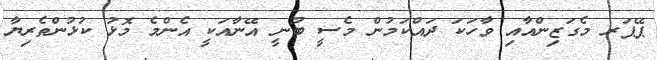
ޕޭޕަރ މެގަޒިންއާއި ވާހަކަ ދައްކަމުން މެސީ ބުނީ އޭނާއަކީ އެންމެ މޮޅު ކުޅުންތެރިޔާ